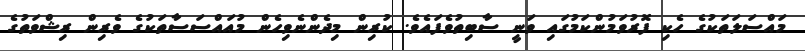
މައްސަލަތަކުގެ ހެކި ފޮރުވަމުންކަމުގައި ވަނީ ސާބިތުވެފައެވެ. ކުރިން މިދެންނެވިހެން މުއައްސަސާތަކުގެ ވެރިން ރިޝްވަތުގެ